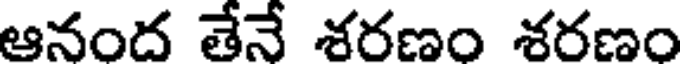
ఆనంద తేనే శరణం శరణం